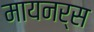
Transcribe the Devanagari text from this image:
मायनर्स